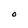
Character: O